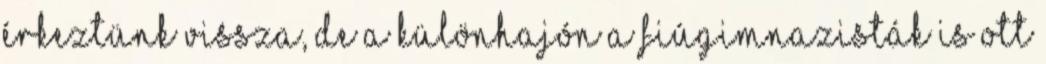
érkeztünk vissza, de a különhajón a fiúgimnazisták is ott